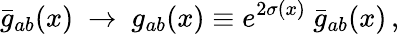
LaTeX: \bar{g}_{ab}(x)\ \rightarrow\ g_{ab}(x)\equiv e^{2\sigma(x)}\ \bar{g}_{ab}(x)\, ,